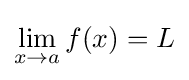
\lim _{x\to a}f(x)=L